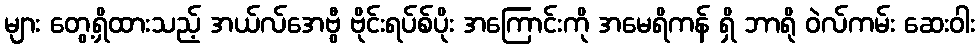
များ တွေ့ရှိထားသည့် အယ်လ်အေဗွီ ဗိုင်းရပ်စ်ပိုး အကြောင်းကို အမေရိကန် ရှိ ဘာရို ဝဲလ်ကမ်း ဆေးဝါး